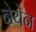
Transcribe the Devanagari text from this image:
नेयेन